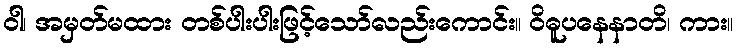
ဝါ၊ အမှတ်မထား တစ်ပါးပါးဖြင့်သော်လည်းကောင်း။ ဝိဓူပနေနာတိ၊ ကား။